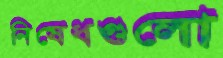
নিষেধগুলো